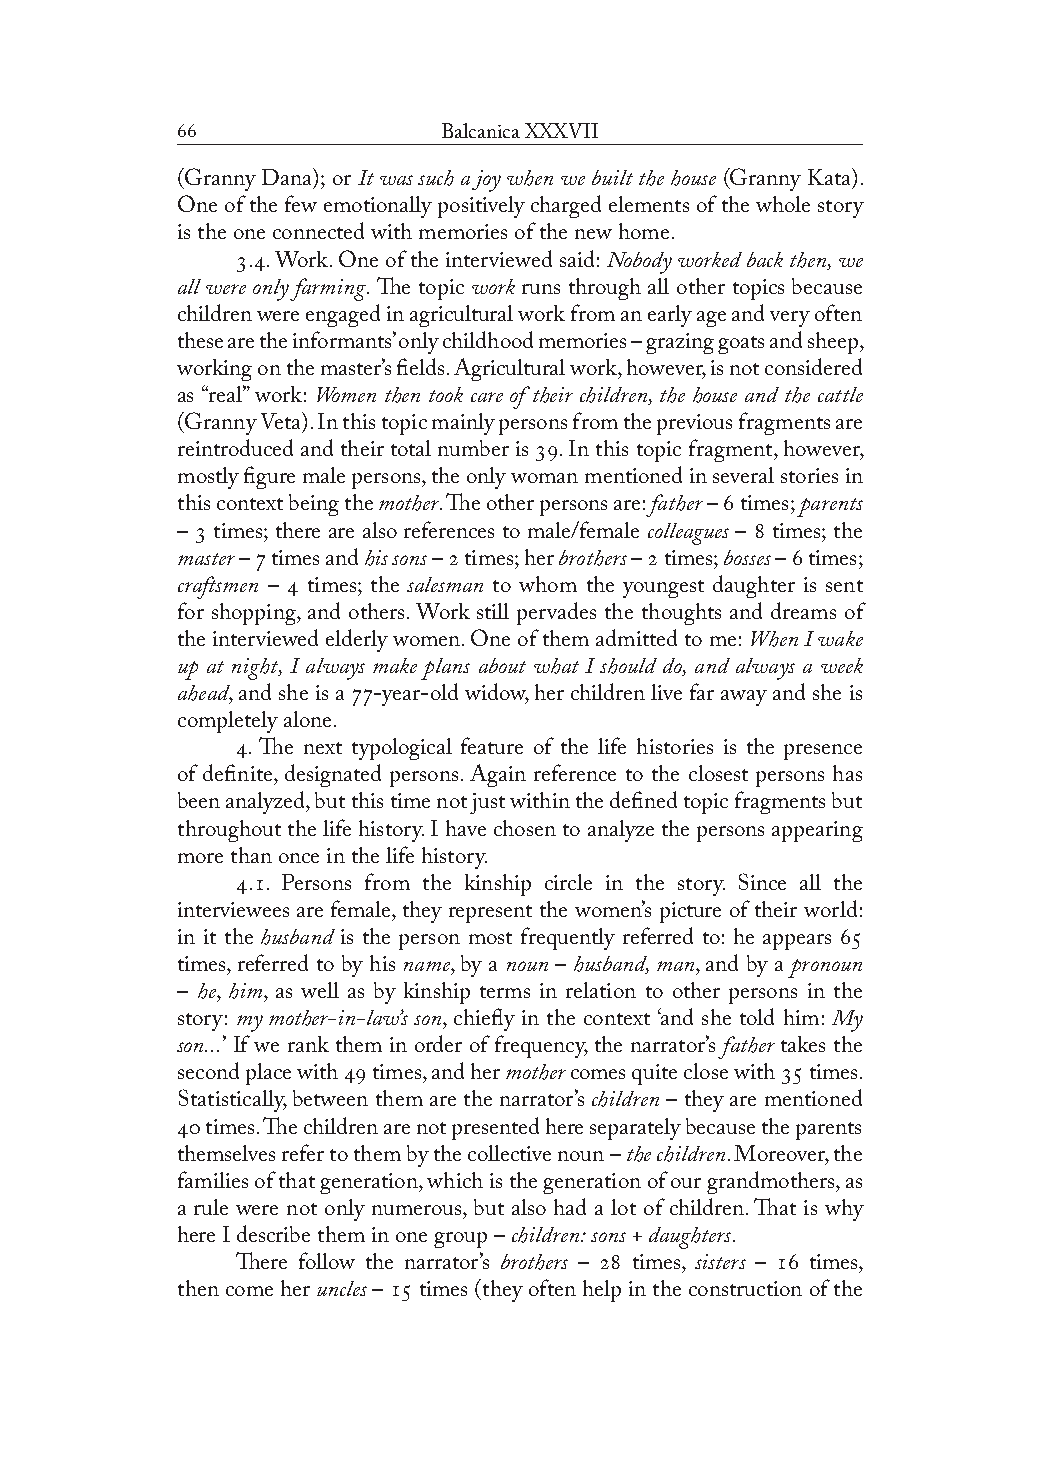
               Balcanica XXXVII
 (Granny Dana); or It was such a joy when we built the house (Granny Kata).
 One of the few emotionally positively charged elements of the whole story
 is the one connected with memories of the new home.
 .. Work. One of the interviewed said: Nobody worked back then, we
 all were only farming. The topic work runs through all other topics because
 children were engaged in agricultural work from an early age and very often
 these are the informants’ only childhood memories – grazing goats and sheep,
 working on the master’s fields. Agricultural work, however, is not considered
 as “real” work: Women then took care of their children, the house and the cattle
 (Granny Veta). In this topic mainly persons from the previous fragments are
 reintroduced and their total number is . In this topic fragment, however,
 mostly figure male persons, the only woman mentioned in several stories in
 this context being the mother. The other persons are: father –  times; parents
 –  times; there are also references to male/female colleagues –  times; the
 master –  times and his sons –  times; her brothers –  times; bosses –  times;
 craftsmen –  times; the salesman to whom the youngest daughter is sent
 for shopping, and others. Work still pervades the thoughts and dreams of
 the interviewed elderly women. One of them admitted to me: When I wake
 up at night, I always make plans about what I should do, and always a week
 ahead, and she is a -year-old widow, her children live far away and she is
 completely alone.
 . The next typological feature of the life histories is the presence
 of definite, designated persons. Again reference to the closest persons has
 been analyzed, but this time not just within the defined topic fragments but
 throughout the life history. I have chosen to analyze the persons appearing
 more than once in the life history.
 .. Persons from the kinship circle in the story. Since all the
 interviewees are female, they represent the women’s picture of their world:
 in it the husband is the person most frequently referred to: he appears 
 times, referred to by his name, by a noun – husband, man, and by a pronoun
 – he, him, as well as by kinship terms in relation to other persons in the
 story: my mother-in-law’s son, chiefly in the context ‘and she told him: My
 son...’ If we rank them in order of frequency, the narrator’s father takes the
 second place with  times, and her mother comes quite close with  times.
 Statistically, between them are the narrator’s children – they are mentioned
  times. The children are not presented here separately because the parents
 themselves refer to them by the collective noun – the children. Moreover, the
 families of that generation, which is the generation of our grandmothers, as
 a rule were not only numerous, but also had a lot of children. That is why
 here I describe them in one group – children: sons + daughters.
 There follow the narrator’s brothers –  times, sisters –  times,
 then come her uncles –  times (they often help in the construction of the